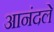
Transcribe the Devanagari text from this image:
आनंदले